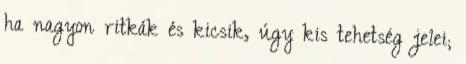
ha nagyon ritkák és kicsik, úgy kis tehetség jelei;